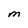
Character: M